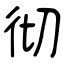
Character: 彻